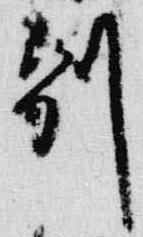
別